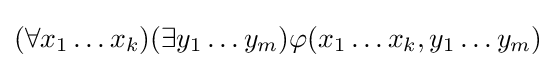
(\forall x_{1}\ldots x_{k})(\exists y_{1}\ldots y_{m})\varphi (x_{1}\ldots x_{k},y_{1}\ldots y_{m})